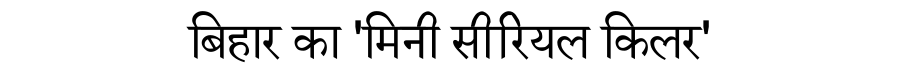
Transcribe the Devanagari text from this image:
बिहार का 'मिनी सीरियल किलर'